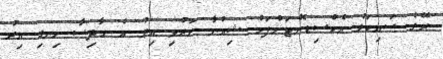
ރޭގެ ސައިކަލު އެކްސިޑެންޓަށްފަހު ޝިއުނާ މަރުވި އިރު އެ ހާދިސާ ހިނގި އިރު